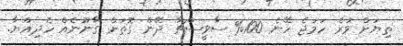
ތިޔަށް ވުރެ ހަމަޖެ ހޭނެ 100% ސާވީސްޗާ ދޭން ގޮތަށް ގާނޫނެއް ހެދިއްޔާ.